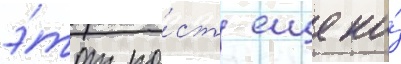
э́тот по́ст еще на́